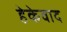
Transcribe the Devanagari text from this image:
हेकेवाद